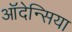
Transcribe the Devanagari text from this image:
ऑदेन्सिया